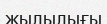
жылылығы